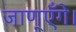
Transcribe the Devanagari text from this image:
जाण्‌एँगे।